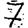
Digit: 7